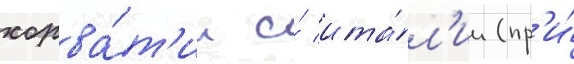
хорва́т'ии и́ ита́л'ии (пр'и́